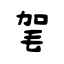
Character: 毠